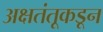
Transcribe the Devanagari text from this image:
अक्षतंतूकडून